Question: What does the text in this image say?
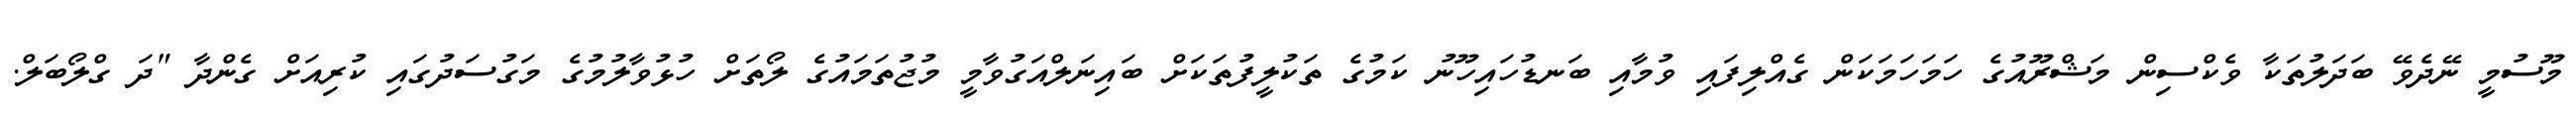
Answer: މޫސުމީ ނޭދެވޭ ބަދަލުތަކާ ވެކްސިން މަޝްރޫއުގެ ހަމަހަމަކަން ގެއްލިފައި ވުމާއި ބަނޑުހައިހޫނު ކަމުގެ ތަކުލީފުތަކަށް ބައިނަލްއަގުވާމީ މުޖުތަމައުގެ ލޯތަށް ހުޅުވާލުމުގެ މަގުސަދުގައި ކުރިއަށް ގެންދާ "ދަ ގްލޯބަލް.